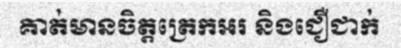
គាត់មានចិត្តត្រេកអរ និងជឿជាក់